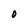
Character: O